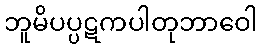
ဘူမိပပ္ပဋကပါတုဘာဝေါ